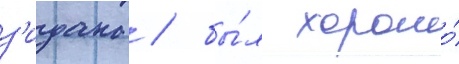
з'идана / бы́л хорошо́